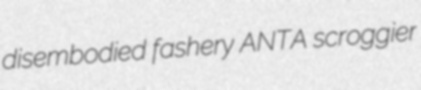
disembodied fashery ANTA scroggier